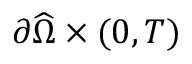
{ \partial \widehat \Omega } \times ( 0 , T )